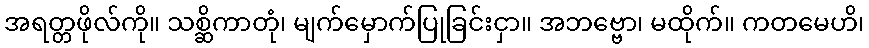
အရတ္တဖိုလ်ကို။ သစ္ဆိကာတုံ၊ မျက်မှောက်ပြုခြင်းငှာ။ အဘဗ္ဗော၊ မထိုက်။ ကတမေဟိ၊